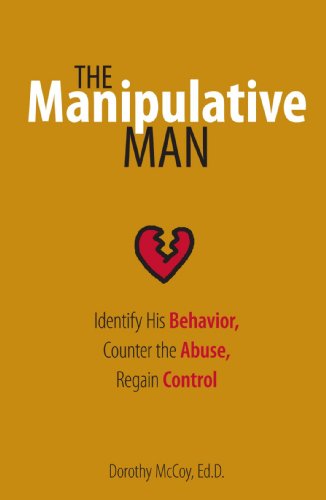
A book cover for The Manipulative Man: Identify His Behavior, Counter the Abuse, Regain Control; Dorothy McCoy; Parenting & Relationships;